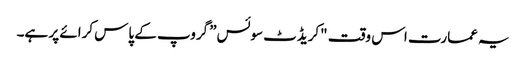
یہ عمارت اس وقت "کریڈٹ سوئس” گروپ کے پاس کرائے پر ہے۔